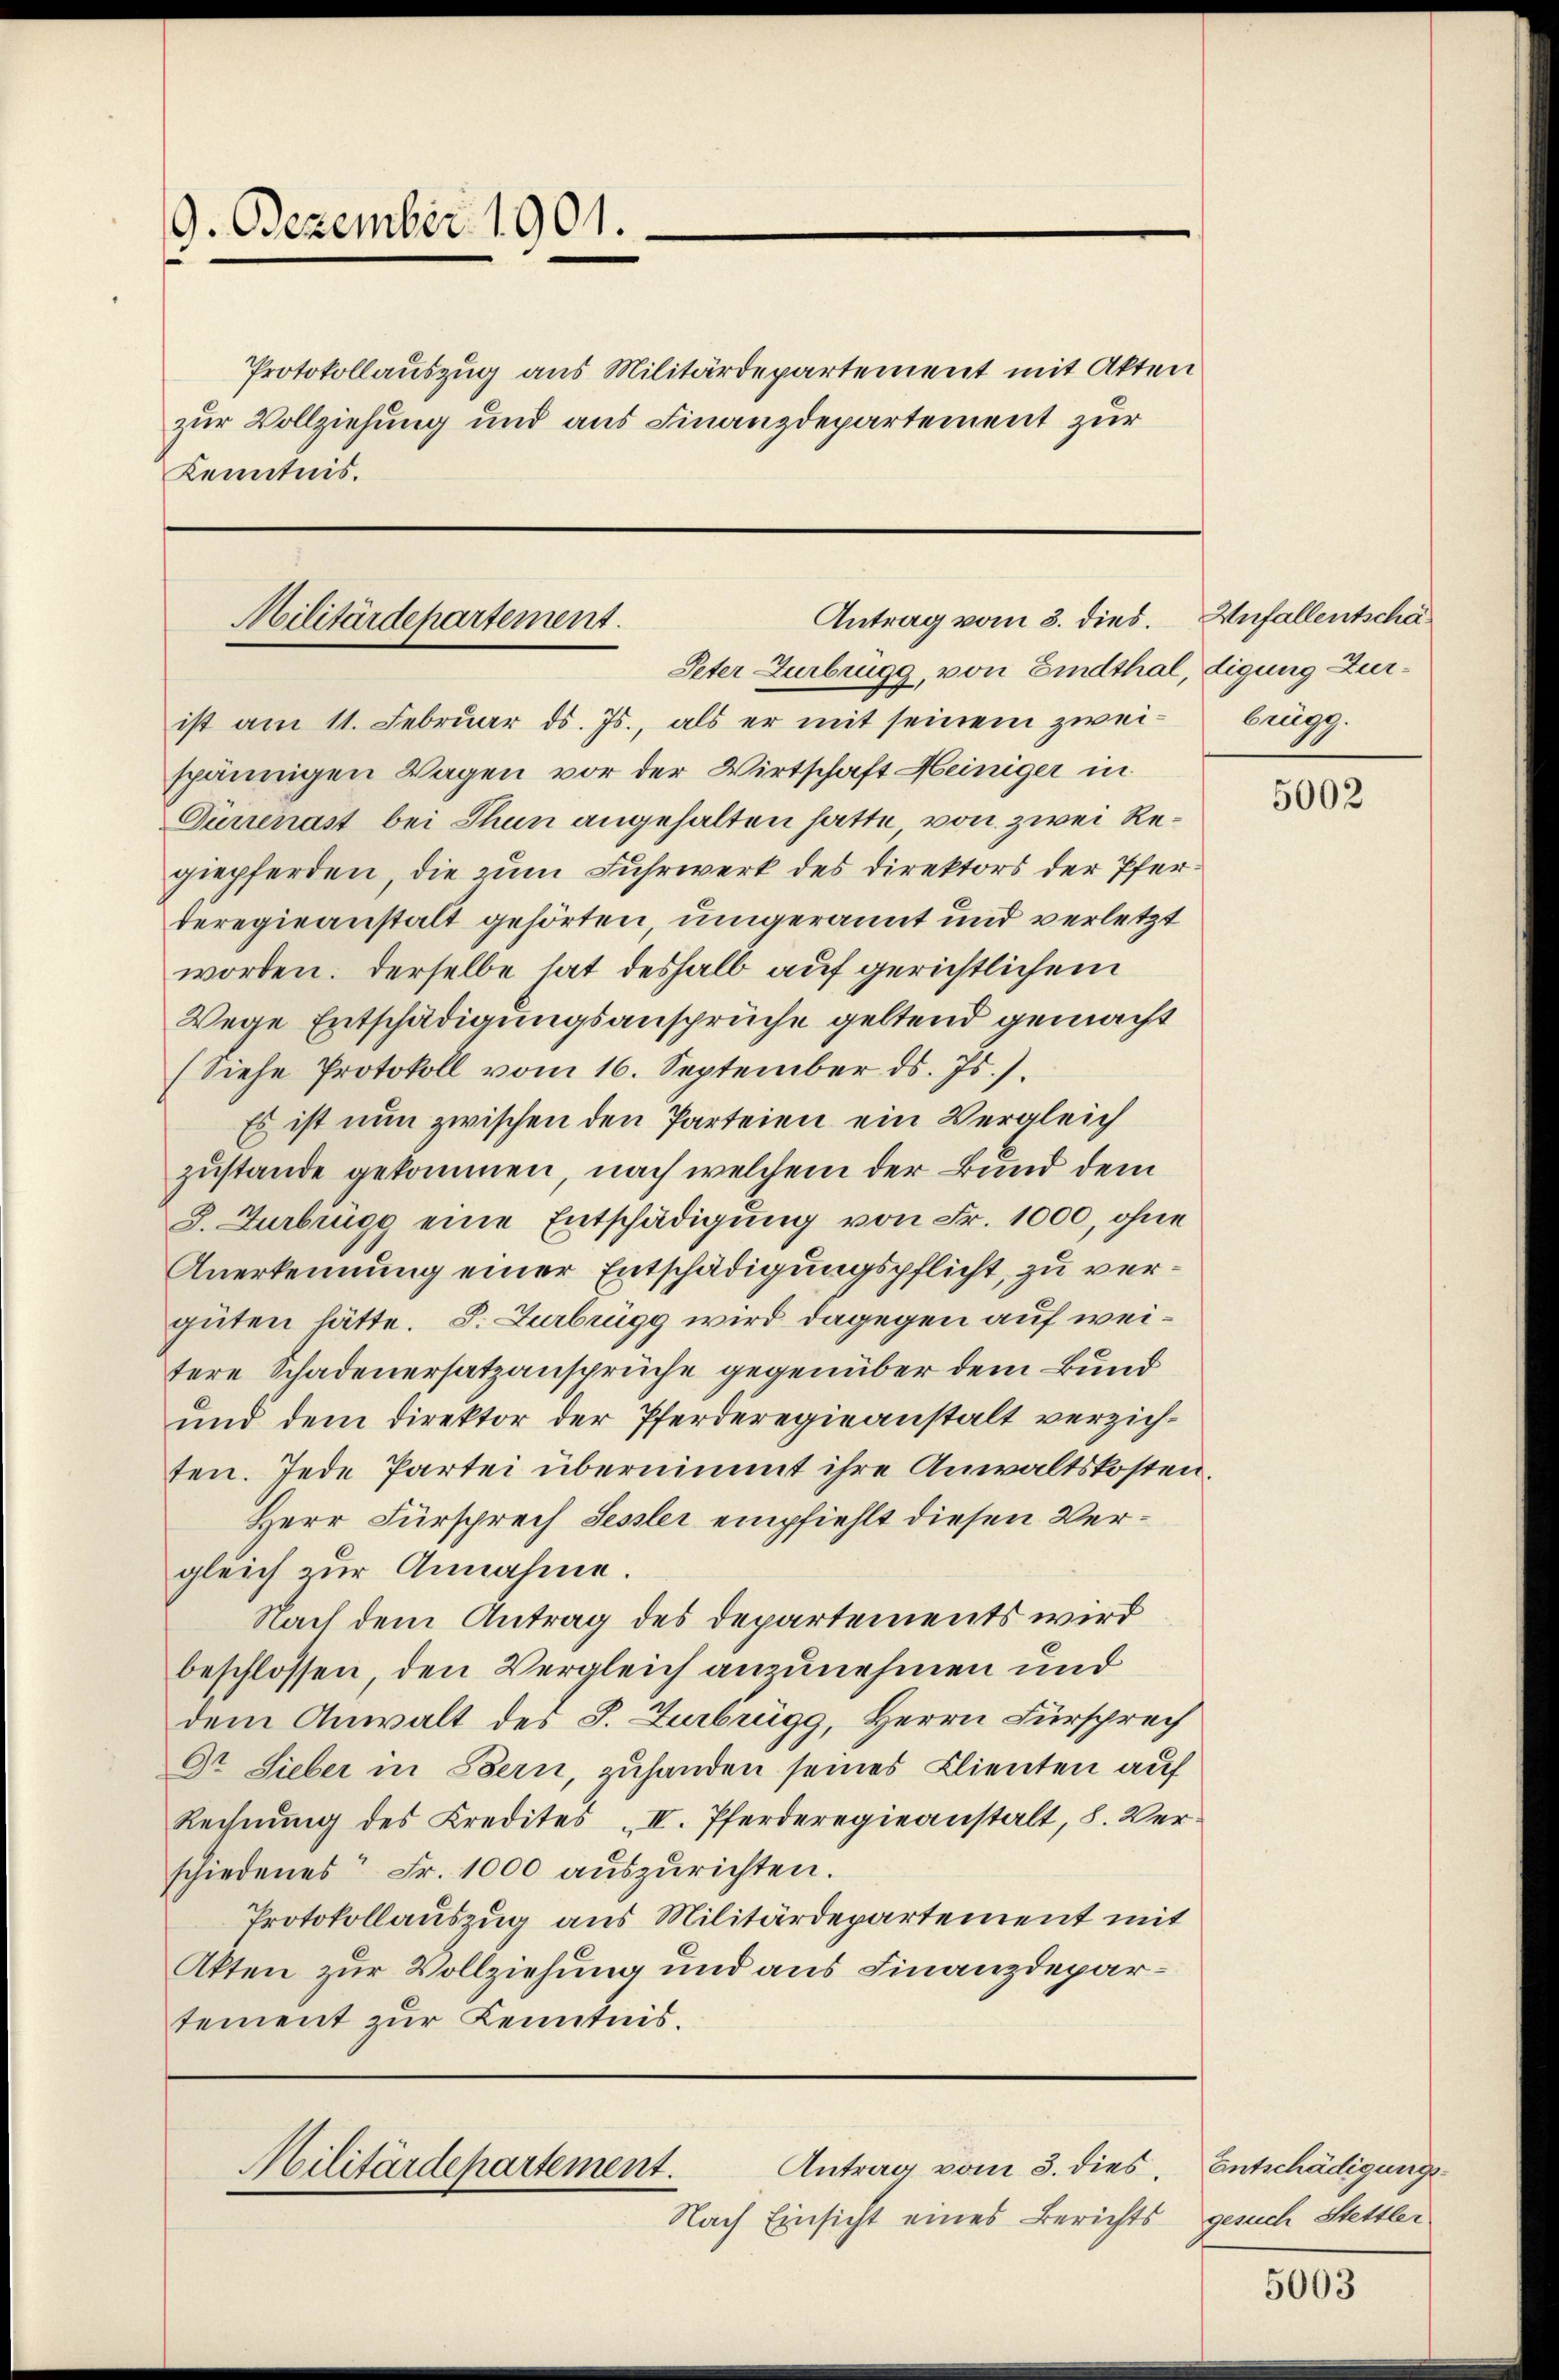
9. Dezember 1901.
Protokollauszug aus Militärdepartement mit Akten
zur Vollziehung und aus Finanzdepartement zur
Kenntnis.

Antrag vom 3. dies. Unfallentschä¬
Militärdepartement.
Peter Zurbrugg, von Eindthal, digung Zür¬

ist am 11. Februar d. Js., als er mit seinem zweispännigen Wagen vor der Wirtschaft Heiniger in
Dürrenast bei Thun angehalten hatte, von zwei Regiepferden, die zum Fuhrwerk des Direktors der Pferderegieanstalt gehörten, umgerannt und verletzt
worden. Derselbe hat deshalb auf gerichtlichem
Wege Entschädigungsansprüche geltend gemacht
(Siehe Protokoll vom 16. September ds. Js.).
Es ist nun zwischen den Parteien ein Vergleich
zustande gekommen, nach welchem der Bund dem
S. Turbrügg eine Entschädigung von Fr. 1000, ohne
Anerkennung einer Entschädigungspflicht, zu vergüten hätte. S. Zurbrügg wird dagegen auf weitere Schadenersatzansprüche gegenüber dem Bund
und dem Direktor der Pferderegieanstalt verzichten. Jede Partei übernimmt ihre Anwaltskosten,
Herr Fürsprech Sessler empfiehlt diesen Vergleich zur Annahme.
Nach dem Antrag des Departements wird
beschlossen den Vergleich anzunehmen und
dem Anwalt des S. Zurbrügg, Herrn Fürsprech
Dr. Lieber in Bern, zuhanden seines Clienten auf
Rechnung des Kredites „II. Pferderegieanstalt, S. Verschiedenes Fr. 1000 auszurichten.
Protokollauszug aus Militärdepartement mit
Akten zur Vollziehung und aus Finanzdepartement zur Kenntnis.

Antrag vom 3. dies
Militärdepartement.
Nach Einsicht eines Berichts

brügg.

5002

Entschädigungsgesuch Stettler

5003